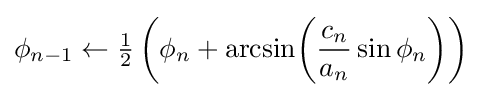
\phi _{n-1}\leftarrow {\tfrac {1}{2}}\left(\phi _{n}+{\arcsin }{\left({\frac {c_{n}}{a_{n}}}\sin \phi _{n}\right)}\right)